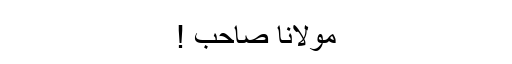
مولانا صاحب !